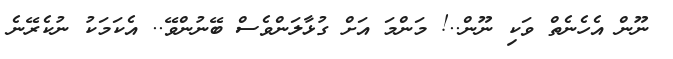
ނޫން އެހެނެތް ވަކި ނޫން..! މަންމަ އަށް ގުޅާލަންވެސް ބޭނުންވޭ.. އެކަމަކު ނުކެރޭނެ